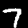
Digit: 7